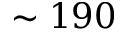
\sim 1 9 0